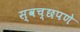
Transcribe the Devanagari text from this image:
स्वच्छपणे